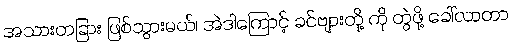
အသားတခြား ဖြစ်သွားမယ်၊ အဲဒါကြောင့် ခင်ဗျားတို့ ကို တွဲဖို့ ခေါ်လာတာ